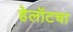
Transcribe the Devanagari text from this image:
हेलॉटचा